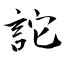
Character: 詑